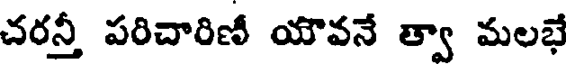
చరన్తీ పరిచారిణీ యౌవనే త్వా మలభే